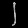
Digit: ၂